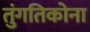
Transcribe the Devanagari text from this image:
तुंगतिकोना